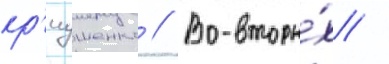
кр'иушенко // Во-вторы́х /